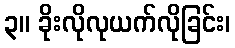
၃။ ခိုးလိုလုယက်လိုခြင်း၊